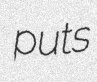
puts